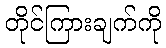
တိုင်ကြားချက်ကို